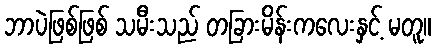
ဘာပဲဖြစ်ဖြစ် သမီးသည် တခြားမိန်းကလေးနှင့် မတူ။